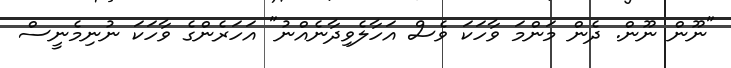
"ނޫން ނޫން. ދެން މަންމަ ވާހަކަ ވެސް އަހާލެވިދާނެއްނު" އަހަރެންގެ ވާހަކަ ނުނިމެނީސް